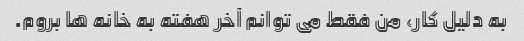
به دلیل کار، من فقط می توانم آخر هفته به خانه ها بروم.